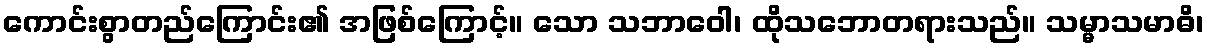
ကောင်းစွာတည်ကြောင်း၏ အဖြစ်ကြောင့်။ သော သဘာဝေါ၊ ထိုသဘောတရားသည်။ သမ္မာသမာဓိ၊